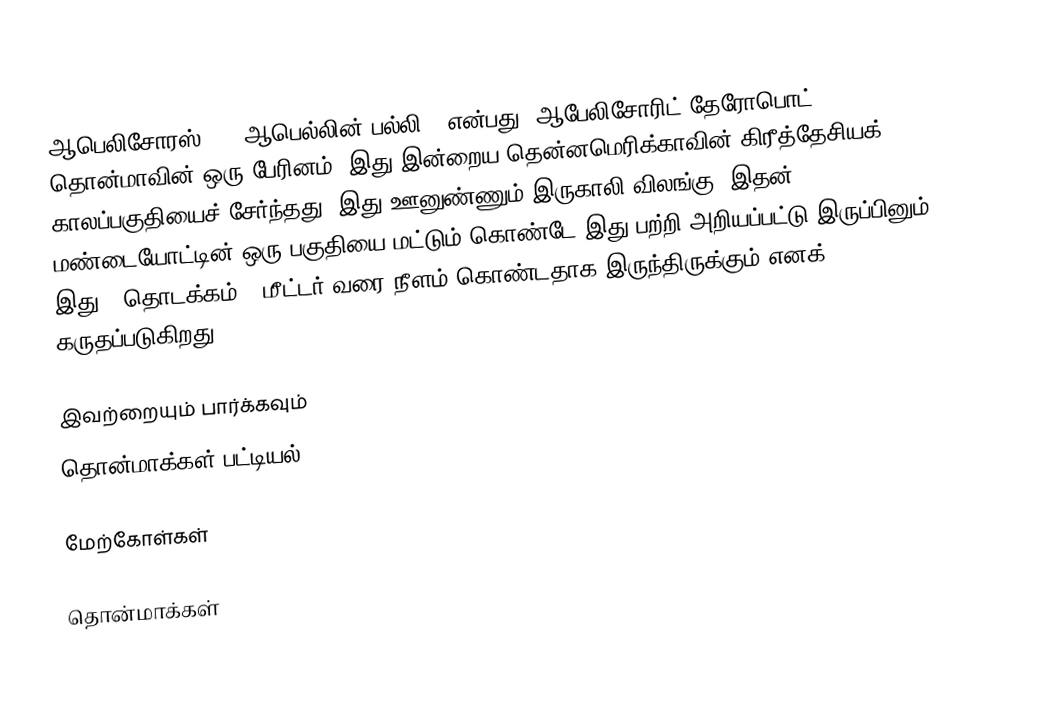
ஆபெலிசோரஸ் (; "ஆபெல்லின் பல்லி") என்பது, ஆபேலிசோரிட் தேரோபொட் தொன்மாவின் ஒரு பேரினம். இது இன்றைய தென்னமெரிக்காவின் கிரீத்தேசியக் காலப்பகுதியைச் சேர்ந்தது. இது ஊனுண்ணும் இருகாலி விலங்கு. இதன் மண்டையோட்டின் ஒரு பகுதியை மட்டும் கொண்டே இது பற்றி அறியப்பட்டு இருப்பினும் இது 7 தொடக்கம் 9 மீட்டர் வரை நீளம் கொண்டதாக இருந்திருக்கும் எனக் கருதப்படுகிறது.

இவற்றையும் பார்க்கவும்
 தொன்மாக்கள் பட்டியல்

மேற்கோள்கள்

தொன்மாக்கள்